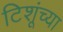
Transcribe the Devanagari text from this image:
टिशूंच्या